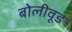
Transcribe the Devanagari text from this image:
बोलीवूड